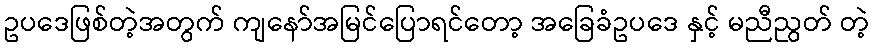
ဥပဒေဖြစ်တဲ့အတွက် ကျနော်အမြင်ပြောရင်တော့ အခြေခံဥပဒေ နှင့် မညီညွတ် တဲ့